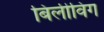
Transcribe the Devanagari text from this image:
बिलीविंग